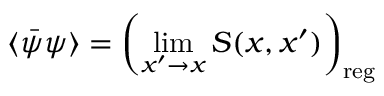
\langle \bar { \psi } \psi \rangle = \left( \operatorname * { l i m } _ { x ^ { \prime } \rightarrow x } S ( x , x ^ { \prime } ) \right) _ { \mathrm { r e g } }